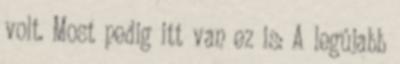
volt. Most pedig itt van ez is: A legújabb